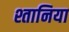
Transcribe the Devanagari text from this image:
श्तानिया